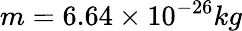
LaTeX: m=6.64\times 10^{-26}kg